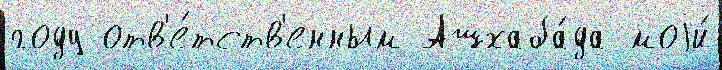
году отв'е́тств'енным Ашхаба́да моjи́